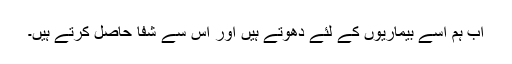
اب ہم اسے بیماریوں کے لئے دھوتے ہیں اور اس سے شفا حاصل کرتے ہیں۔